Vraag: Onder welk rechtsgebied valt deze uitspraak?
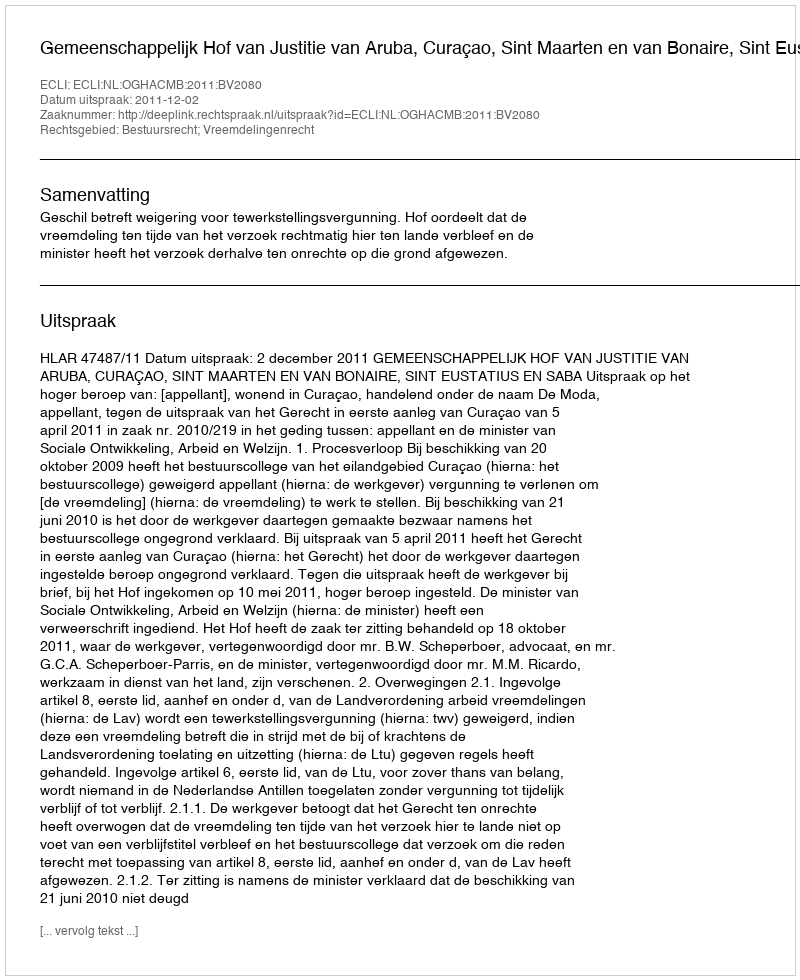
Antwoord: Bestuursrecht; Vreemdelingenrecht